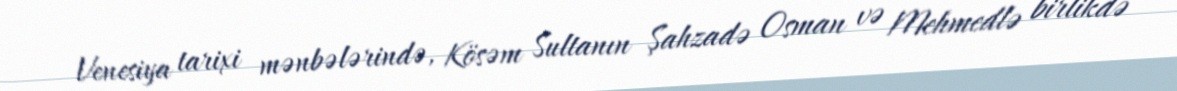
Venesiya tarixi mənbələrində, Kösəm Sultanın Şahzadə Osman və Mehmedlə birlikdə